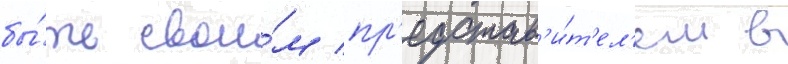
бы́ть свои́м пр'едстав'и́т'ел'ем в